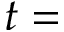
t =